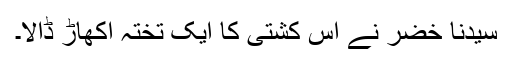
سیدنا خضرؑ نے اس کشتی کا ایک تختہ اکھاڑ ڈالا۔